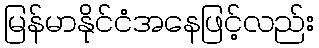
မြန်မာနိုင်ငံအနေဖြင့်လည်း